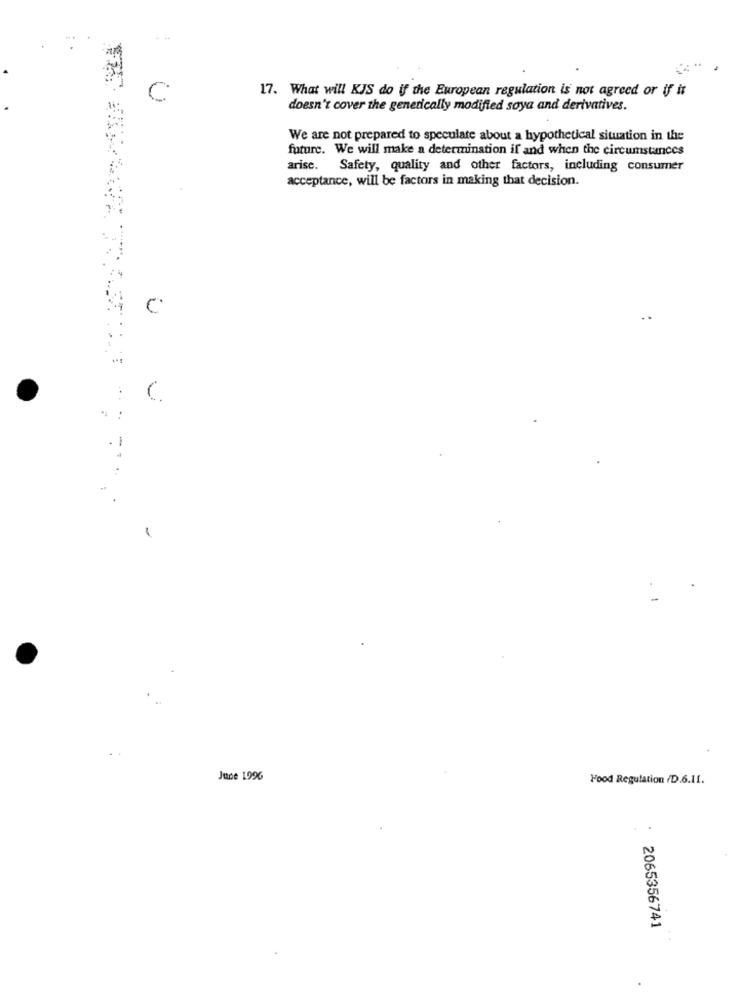
17. What will KJS do if the European regulation is not agreed or if it
C
doesn't cover the genetically modified soya and derivatives.
We are not prepared to speculate about a hypothetical situation in the
future. We will make a determination if and when the circumstances
arise. Safety, quality and other factors, including consumer
acceptance, will be factors in making that decision.
C
June 1996
Food Regulation /D.6.11.
2065356741